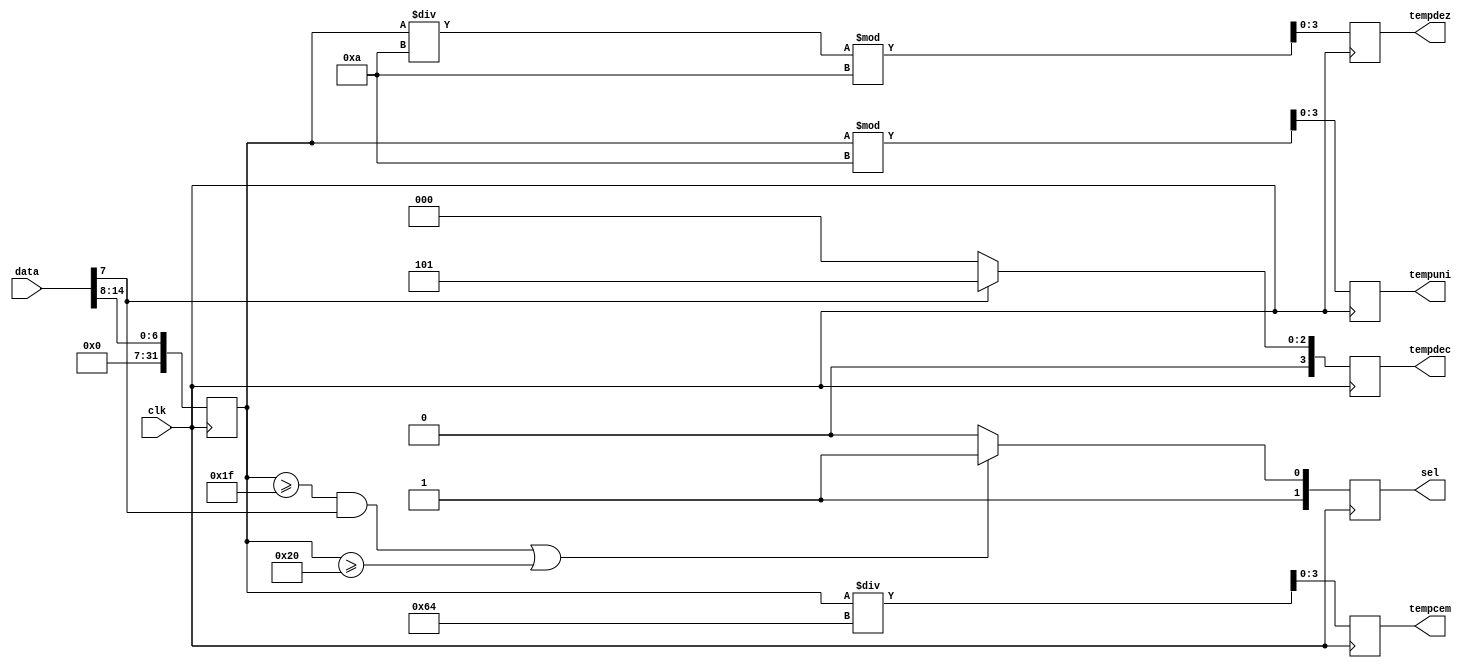
module convtemp
(
input [15:0] data,
input clk,
output [3:0] tempdec,
output [3:0] tempuni,
output [3:0] tempdez,
output [3:0] tempcem,
output reg [1:0] sel
);
reg [3:0] dec;
reg [3:0] uni;
reg [3:0] dez;
reg [3:0] cem;
integer convert;

always @ (posedge clk)

begin
convert <= data[14:8];
if ((convert >= 32'd31 & data[7] == 1'b1) | convert >= 32'd32) //para temp maior que 31.5, sel representa quente
	sel <= 2'b11;
else if ((convert <= 32'd31 & data[7] == 1'b0) & (convert >= 32'd27 & data[7] == 1'b1))
	sel <= 2'b10;					// para temp entre 27.5 e 31, sel representa normal
//if (convert >= 32'd32)
//	sel <= 2'b11;
//else if (convert == 32'd31)
//	sel <= 2'b01;
else		// para temps menores que 27.5, sel representa frio
	sel <= 2'b10;
// conversoes da temperatura para cada digito
cem <= convert/100;	
dez <= (convert/10) % 10;
uni <= convert % 10;
if(data[7]) // data[7] representa o decimal da temperatura
	dec <= 4'd5;
else 
	dec <= 4'd0;
end
assign tempdec = dec;
assign tempuni = uni;
assign tempdez = dez;
assign tempcem = cem;
endmodule